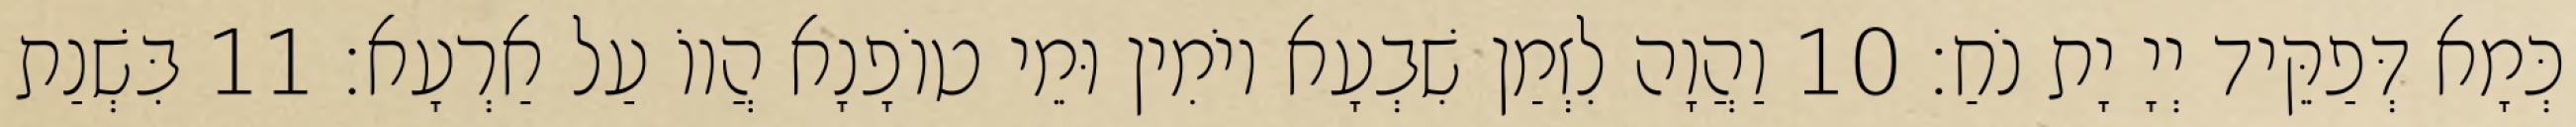
כְּמָא דְּפַקֵּיד יְיָ יָת נֹחַ׃ 10 וַהֲוָה לִזְמַן שִׁבְעָא יוֹמִין וּמֵי טוֹפָנָא הֲווֹ עַל אַרְעָא׃ 11 בִּשְׁנַת